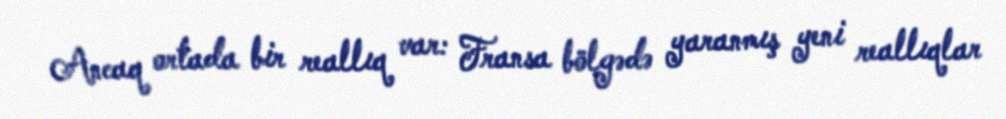
Ancaq ortada bir reallıq var: Fransa bölgədə yaranmış yeni reallıqlar